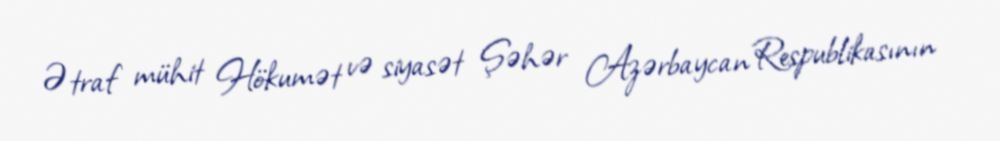
Ətraf mühit Hökumət və siyasət Şəhər Azərbaycan Respublikasının